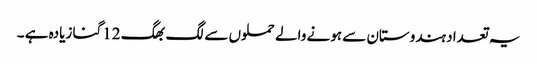
یہ تعداد ہندوستان سے ہونے والے حملوں سے لگ بھگ 12گنا زیادہ ہے ۔